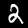
Label: 2